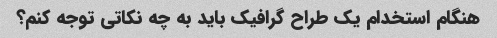
هنگام استخدام یک طراح گرافیک باید به چه نکاتی توجه کنم؟